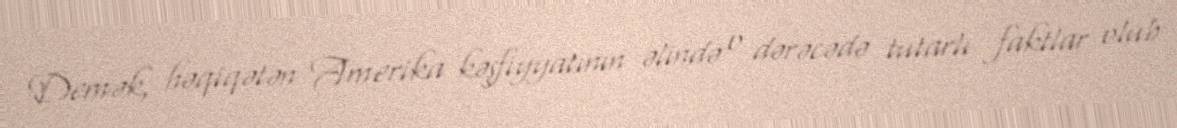
Demək, həqiqətən Amerika kəşfiyyatının əlində o dərəcədə tutarlı faktlar olub